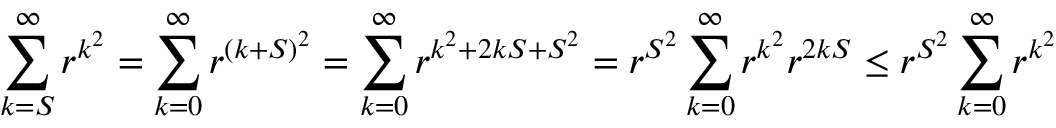
\sum _ { k = S } ^ { \infty } r ^ { k ^ { 2 } } = \sum _ { k = 0 } ^ { \infty } r ^ { ( k + S ) ^ { 2 } } = \sum _ { k = 0 } ^ { \infty } r ^ { k ^ { 2 } + 2 k S + S ^ { 2 } } = r ^ { S ^ { 2 } } \sum _ { k = 0 } ^ { \infty } r ^ { k ^ { 2 } } r ^ { 2 k S } \leq r ^ { S ^ { 2 } } \sum _ { k = 0 } ^ { \infty } r ^ { k ^ { 2 } }